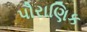
પૌરાણિક